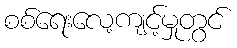
စစ်ရေးလေ့ကျင့်မှုတွင်